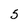
Character: 5